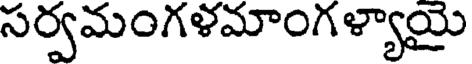
సర్వమంగళమాంగళ్యాయై